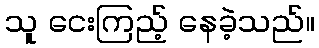
သူ ငေးကြည့် နေခဲ့သည်။